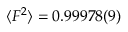
\langle F ^ { 2 } \rangle = 0 . 9 9 9 7 8 ( 9 )